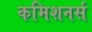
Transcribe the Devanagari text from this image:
कमिशनर्स